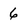
Character: 6